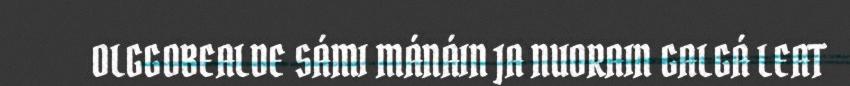
OLGGOBEALDE SÁMI MÁNÁIN JA NUORAIN GALGÁ LEAT